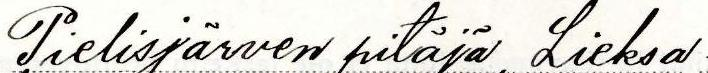
Pielisjärven pitäjä, Lieksa